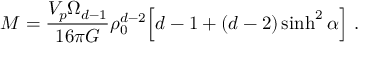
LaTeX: M = \frac { V _ { p } \Omega _ { d - 1 } } { 1 6 \pi G } \rho _ { 0 } ^ { d - 2 } \Big [ d - 1 + ( d - 2 ) \sinh ^ { 2 } \alpha \Big ] \ .